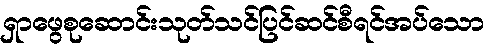
ရှာဖွေစုဆောင်းသုတ်သင်ပြင်ဆင်စီရင်အပ်သော